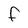
Character: F